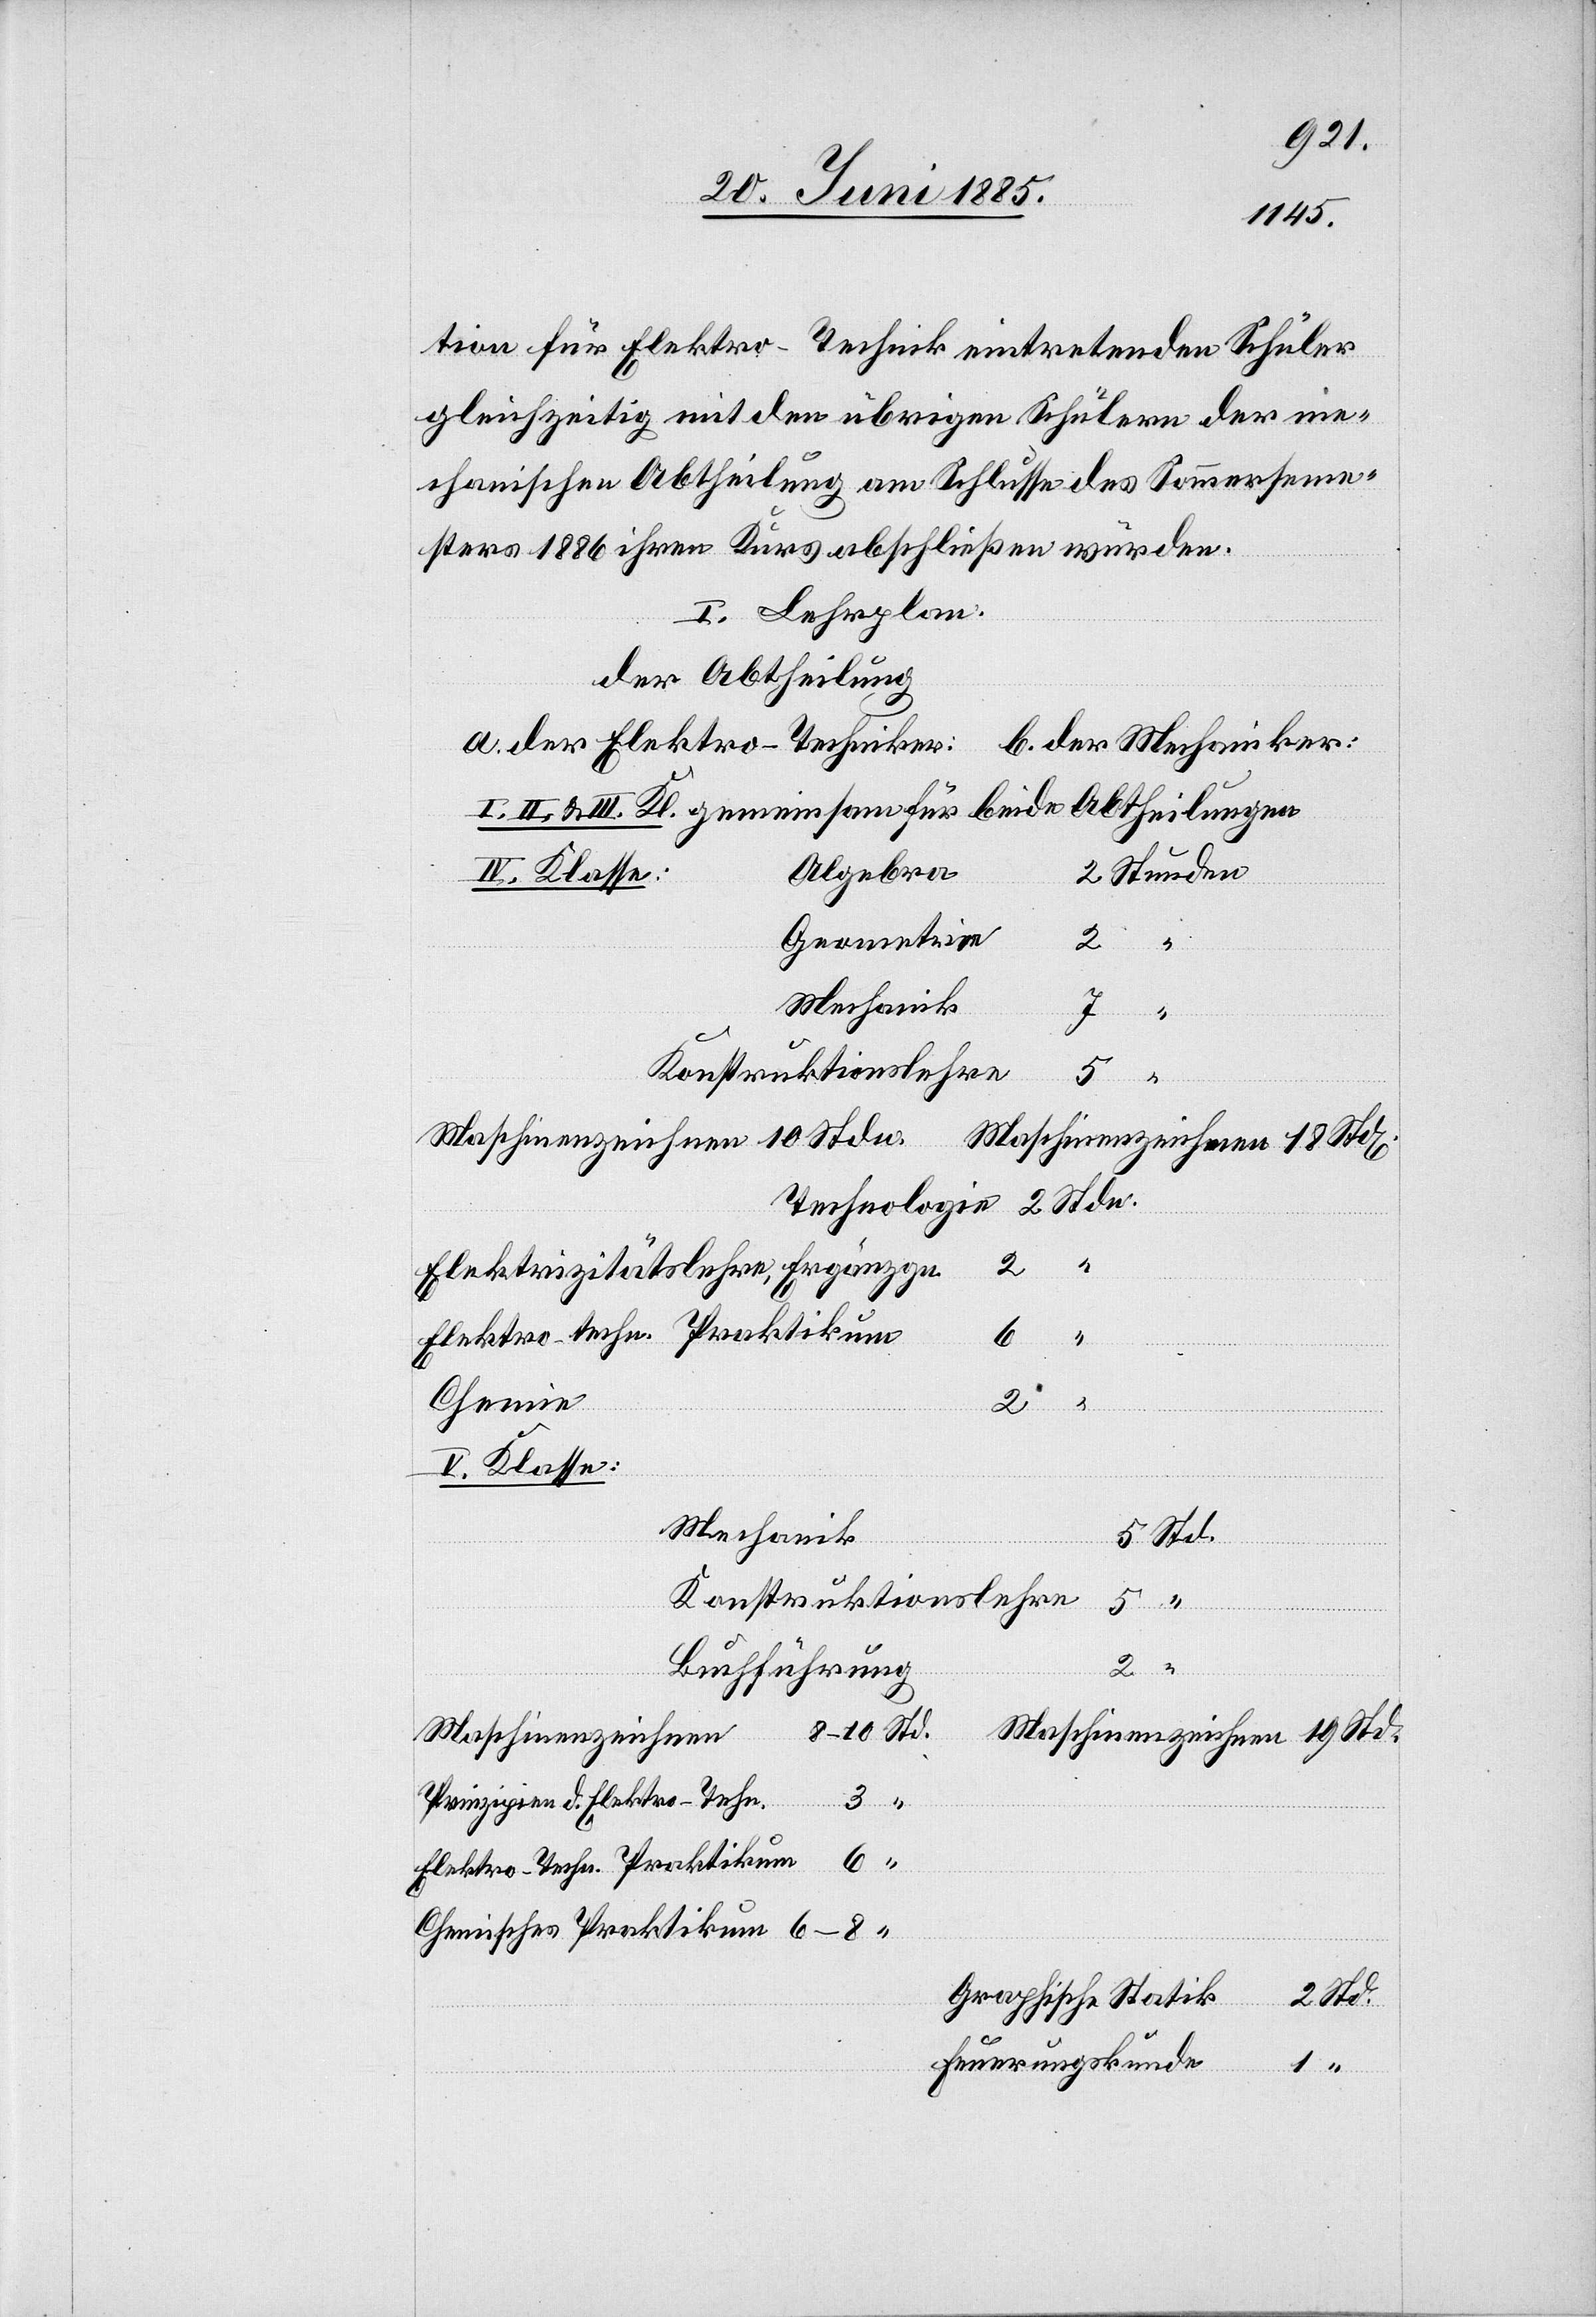
tion für Elektro-Technik eintretenden Schüler
gleichzeitig mit den übrigen Schülern der me¬
chanischen Abtheilung am Schlusse des Sommerseme¬
sters 1886 ihren Kurs abschließen würden.
I. Lehrplan
der Abtheilung
a. der Elektro-Techniker:
b. der Mechaniker:
II. & III. Kl. gemeinsam für beide Abtheilungen
Algebra
IV. Klasse:
Geometrie
2
Mechanik
7
Konstruktionslehre
5
Std.
Elektrizitätslehre Ergänzgn.
Elektro-techn. Praktikum
6
Chemie
2
V. Klasse:
Mechanik
2
Buchführung
nden
Maschinenzeichnen
Prinzipien d. Elektro-Techn.
Elektro-Techn. Praktikum
Chemisches Praktikum
Graphische Statistik
Feuerungskunde
1
dn.